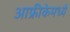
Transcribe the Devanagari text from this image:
आफ्रीकेमध्ये